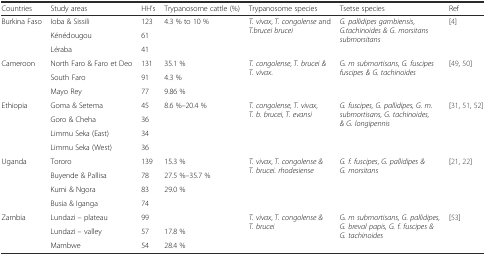
<table><thead><tr><td><b>Countries</b></td><td><b>Study areas</b></td><td><b>HH’s</b></td><td><b>Trypanosome cattle (%)</b></td><td><b>Trypanosome species</b></td><td><b>Tsetse species</b></td><td><b>Ref</b></td></tr></thead><tbody><tr><td rowspan="3">Burkina Faso</td><td>Ioba &amp; Sissili</td><td>123</td><td rowspan="3">4.3 % to 10 %</td><td rowspan="3"><i>T. vivax</i>, <i>T. congolense</i> and <i>T.brucei brucei</i></td><td rowspan="3"><i>G. pallidipes gambiensis</i>, <i>G.tachinoides &amp; G. morsitans submorsitans</i></td><td rowspan="3">[4]</td></tr><tr><td>Kénédougou</td><td>61</td></tr><tr><td>Léraba</td><td>41</td></tr><tr><td rowspan="3">Cameroon</td><td>North Faro &amp; Faro et Deo</td><td>131</td><td>35.1 %</td><td rowspan="3"><i>T. congolense</i>, <i>T. brucei &amp; T. vivax</i>.</td><td rowspan="3">G<i>. m submortisans</i>, <i>G. fuscipes fuscipes &amp; G. tachinoides</i></td><td rowspan="3">[49, 50]</td></tr><tr><td>South Faro</td><td>91</td><td>4.3 %</td></tr><tr><td>Mayo Rey</td><td>77</td><td>9.86 %</td></tr><tr><td rowspan="4">Ethiopia</td><td>Goma &amp; Setema</td><td>45</td><td rowspan="4">8.6 %–20.4 %</td><td rowspan="4"><i>T. congolense, T. vivax</i>, <i>T. b. brucei, T. evansi</i></td><td rowspan="4"><i>G. fuscipes, G. pallidipes, G. m. submortisans, G. tachinoides, &amp; G. longipennis</i></td><td rowspan="4">[31, 51, 52]</td></tr><tr><td>Goro &amp; Cheha</td><td>36</td></tr><tr><td>Limmu Seka (East)</td><td>34</td></tr><tr><td>Limmu Seka (West)</td><td>36</td></tr><tr><td rowspan="4">Uganda</td><td>Tororo</td><td>139</td><td>15.3 %</td><td rowspan="4"><i>T. vivax</i>, <i>T. congolense &amp; T. brucei. rhodesiense</i></td><td rowspan="4"><i>G. f. fuscipes</i>, <i>G. pallidipes &amp; G. morsitans</i></td><td rowspan="4">[21, 22]</td></tr><tr><td>Buyende &amp; Pallisa</td><td>78</td><td>27.5 %–35.7 %</td></tr><tr><td>Kumi &amp; Ngora</td><td>83</td><td rowspan="2">29.0 %</td></tr><tr><td>Busia &amp; Iganga</td><td>74</td></tr><tr><td rowspan="3">Zambia</td><td>Lundazi – plateau</td><td>99</td><td></td><td rowspan="3"><i>T. vivax</i>, <i>T. congolense &amp; T. brucei</i></td><td rowspan="3">G<i>. m submortisans, G. pallidipes, G. breval papis, G. f. fuscipes &amp; G. tachinoides</i></td><td rowspan="3">[53]</td></tr><tr><td>Lundazi – valley</td><td>57</td><td>17.8 %</td></tr><tr><td>Mambwe</td><td>54</td><td>28.4 %</td></tr></tbody></table>